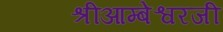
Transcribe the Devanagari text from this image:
श्रीआम्बेश्वरजी